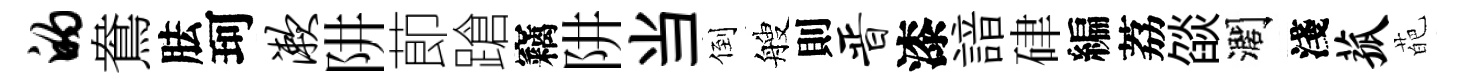
的鴦胠珂漱阱莭蹌竊阱当倒艘則晋漆諳硉編荔燄濶淺菰葩